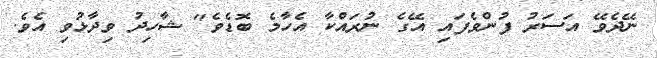
ނޭދެވޭ އަސަރު ފުންވެފައި އޭގެ ނުރައްކާ އެހާމެ ބޮޑެވެ" ޝާހިދު ވިދާޅުވި އެވެ.